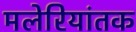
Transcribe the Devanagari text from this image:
मलेरियांतक